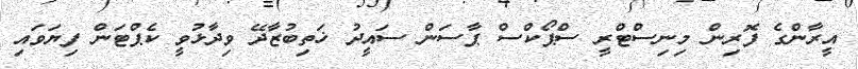
އީރާންގެ ފޮރިން މިނިސްޓްރީ ސްޕޯކްސް ޕާސަން ސައީދު ޚަތިބުޒާދޭ ވިދާޅުވީ ކެޕްޓަން ފިޔަވައި